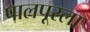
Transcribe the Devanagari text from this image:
पालपूरला